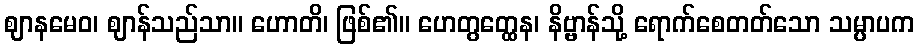
ဈာနမေဝ၊ ဈာန်သည်သာ။ ဟောတိ၊ ဖြစ်၏။ ဟေတွတ္ထေန၊ နိဗ္ဗာန်သို့ ရောက်စေတတ်သော သမ္ပာပက